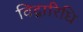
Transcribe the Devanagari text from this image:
विद्वारिधि